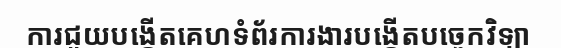
ការជួយបង្កើតគេហទំព័រការងារបង្កើតបច្ចេកវិទ្យា